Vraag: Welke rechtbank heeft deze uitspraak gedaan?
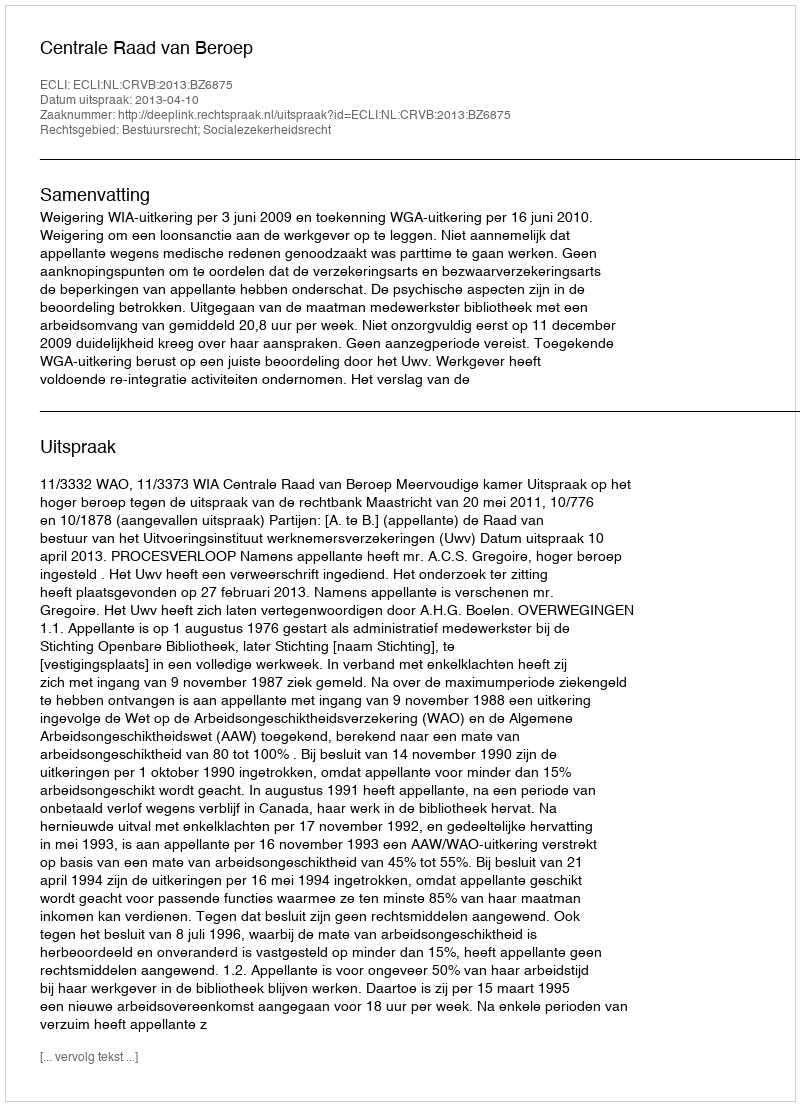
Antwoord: Centrale Raad van Beroep